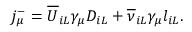
j _ { \mu } ^ { - } = { \overline { { U } } } _ { i L } \gamma _ { \mu } D _ { i L } + { \overline { { \nu } } } _ { i L } \gamma _ { \mu } l _ { i L } .